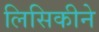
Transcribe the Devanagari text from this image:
लिसिकीने